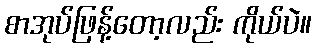
စာအုပ်ဖြန့်တော့လည်း ကိုယ်ပဲ။